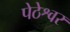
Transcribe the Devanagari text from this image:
पेठेश्वर